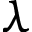
\lambda